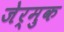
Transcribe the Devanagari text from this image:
जेर्मुक